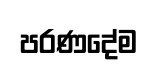
පරණදේම